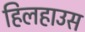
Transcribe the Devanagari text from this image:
हिलहाउस